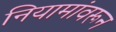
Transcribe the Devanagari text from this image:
नियामांवरून